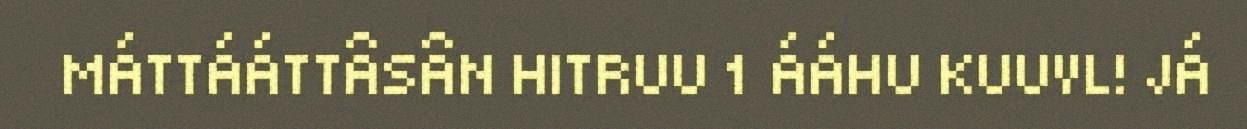
MÁTTÁÁTTÂSÂN HITRUU 1 ÁÁHU KUUVL! JÁ